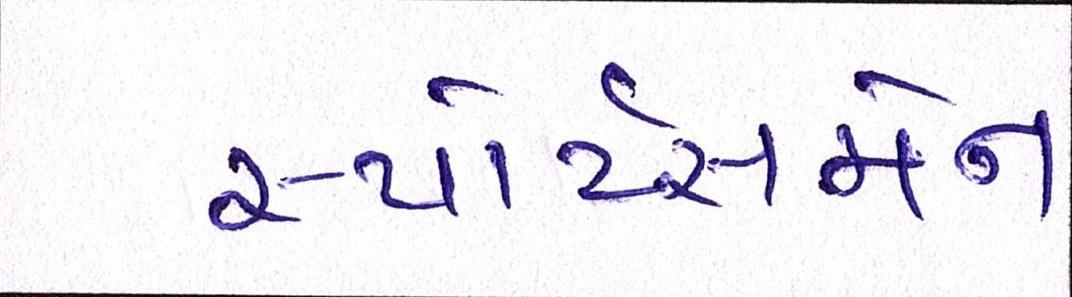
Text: સ્પોર્ટસમેન